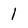
Character: 1